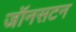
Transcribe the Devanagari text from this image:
जॉनसटन